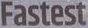
Fastest